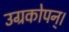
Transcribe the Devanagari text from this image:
उग्रकोपन्।